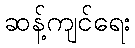
ဆန့်ကျင်ရေး